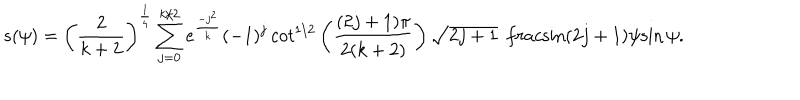
s ( \psi ) = \left( \frac { 2 } { k + 2 } \right) ^ { \frac { 1 } { 4 } } \sum _ { j = 0 } ^ { k / 2 } e ^ { \frac { - j ^ { 2 } } { k } } ( - 1 ) ^ { j } \, c o t ^ { 1 / 2 } \left( \frac { ( 2 j + 1 ) \pi } { 2 ( k + 2 ) } \right) \sqrt { 2 j + 1 } \ \, \frac { \sin ( 2 j + 1 ) \psi } { \sin \psi } .